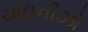
ચાઇનીઝો